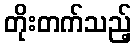
တိုးတက်သည့်